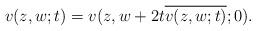
LaTeX: \begin{align*}v(z,w;t)=v(z, w+2 t \overline{v(z, w; t)}; 0).\end{align*}